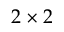
2 \times 2